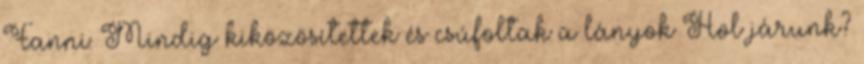
Fanni: Mindig kiközösítettek és csúfoltak a lányok Hol járunk?